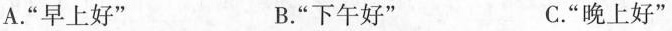
A. “早上好” B. “下午好” C. “晚上好”